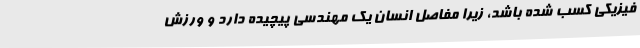
فیزیکی کسب شده باشد، زیرا مفاصل انسان یک مهندسی پیچیده دارد و ورزش